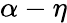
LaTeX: \alpha-\eta